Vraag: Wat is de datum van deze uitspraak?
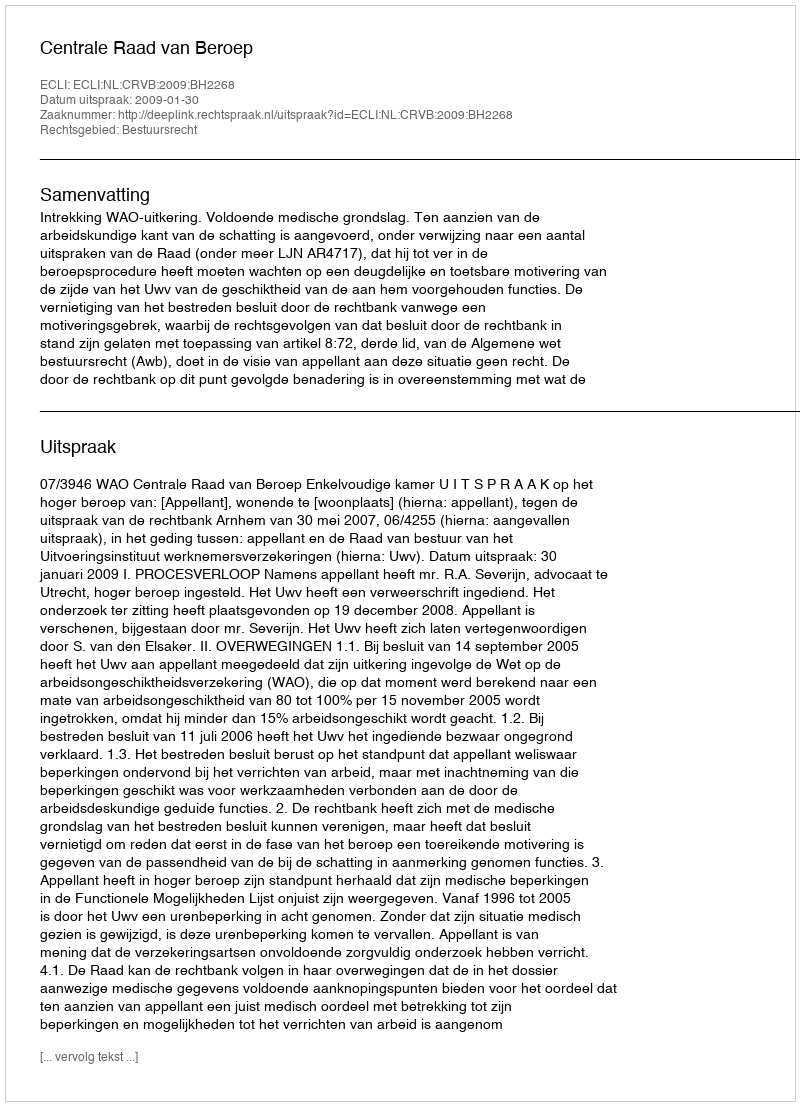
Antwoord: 2009-01-30